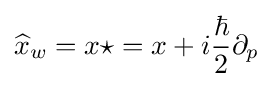
{\widehat {x}}_{w}=x\star =x+i{\frac {\hbar }{2}}\partial _{p}